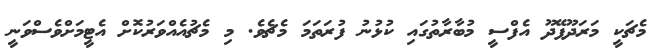
މެޗަކީ މަރަދޫފޭދޫ އެފްސީ މުބާރާތުގައި ކުޅުނު ފުރަތަމަ މެޗެވެ. މި މެޗުއެއްވަރުކޮށް އެޓީމަށްވެސްވަނީ